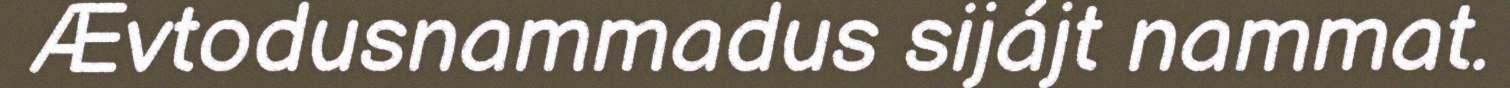
Ævtodusnammadus sijájt nammat.